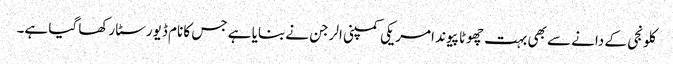
کلونجی کے دانے سے بھی بہت چھوٹا پیوند امریکی کمپنی الرجن نے بنایا ہے جس کا نام ڈیورسٹا رکھا گیا ہے۔